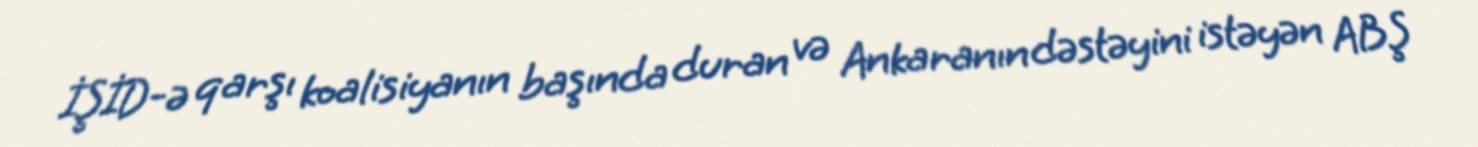
İŞİD-ə qarşı koalisiyanın başında duran və Ankaranın dəstəyini istəyən ABŞ